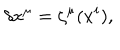
LaTeX: \delta x ^ { \mu } = \zeta ^ { \mu } ( x ^ { i } ) ,